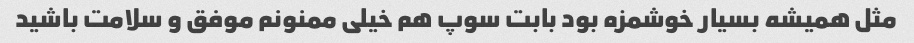
مثل همیشه بسیار خوشمزه بود بابت سوپ هم خیلی ممنونم موفق و سلامت باشید